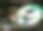
ও